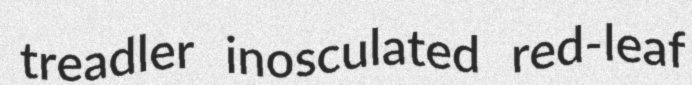
treadler inosculated red-leaf